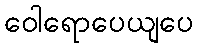
ဝေါရောပေယျပေ